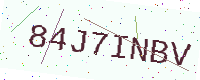
Text: 84J7INBV